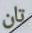
تان